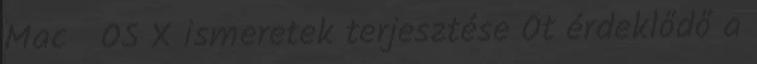
Mac OS X ismeretek terjesztése Öt érdeklődő a